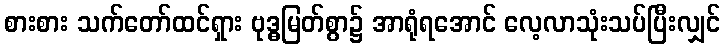
စားစား သက်တော်ထင်ရှား ဗုဒ္ဓမြတ်စွာ၌ အာရုံရအောင် လေ့လာသုံးသပ်ပြီးလျှင်